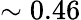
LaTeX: \sim 0.46